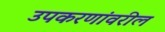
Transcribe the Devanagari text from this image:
उपकरणांवरील